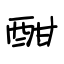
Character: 酣